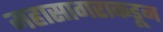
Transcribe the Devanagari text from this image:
महासागराकडून